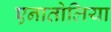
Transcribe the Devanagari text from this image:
एनातोलिया